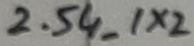
Text: 2.54_1X2